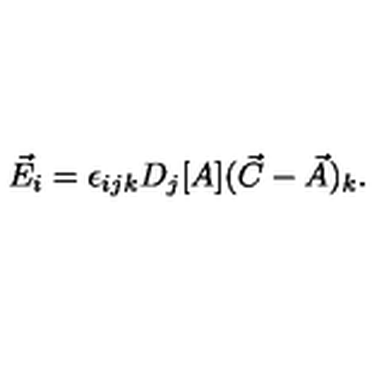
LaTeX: \vec { E } _ { i } = \epsilon _ { i j k } D _ { j } [ A ] ( \vec { C } - \vec { A } ) _ { k } .